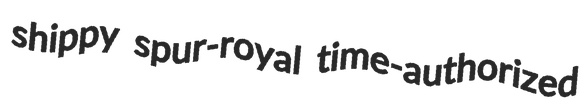
shippy spur-royal time-authorized